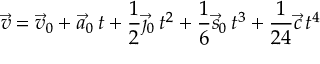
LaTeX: { \vec { v } } = { \vec { v } } _ { 0 } + { \vec { a } } _ { 0 } \, t + { \frac { 1 } { 2 } } { \vec { \jmath } } _ { 0 } \, t ^ { 2 } + { \frac { 1 } { 6 } } { \vec { s } } _ { 0 } \, t ^ { 3 } + { \frac { 1 } { 2 4 } } { \vec { c } } \, t ^ { 4 }